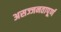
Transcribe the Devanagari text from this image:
असज्जनतापूर्ण